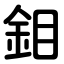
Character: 鉬